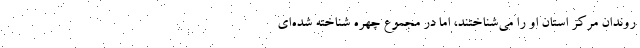
روندان مرکز استان او را می‌شناختند، اما در مجموع چهره شناخته شده‌ای